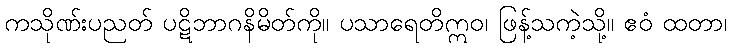
ကသိုဏ်းပညတ် ပဋိဘာဂနိမိတ်ကို။ ပသာရေတိဣဝ၊ ဖြန့်သကဲ့သို့။ ဧဝံ ထတာ၊